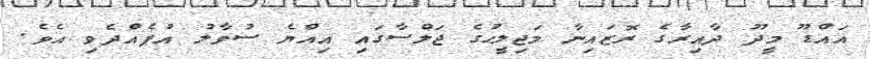
އައްޑޫ މީދޫ ދާއިރާގެ ރޮޒައިނާ މަޖިލީހުގެ ޖަލްސާގައި އިއްޔެ ސުވާލު އުފެއްދެވި އެވެ.